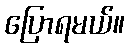
ပြောရမယ်။